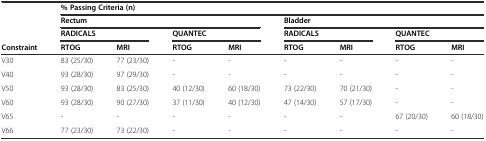
<table><thead><tr><td rowspan="3">[EMPTY_CELL]</td><td colspan="8"><b>% Passing Criteria (n)</b></td></tr><tr><td colspan="4"><b>Rectum</b></td><td colspan="4"><b>Bladder</b></td></tr><tr><td colspan="2"><b>RADICALS</b></td><td colspan="2"><b>QUANTEC</b></td><td colspan="2"><b>RADICALS</b></td><td colspan="2"><b>QUANTEC</b></td></tr><tr><td><b>Constraint</b></td><td><b>RTOG</b></td><td><b>MRI</b></td><td><b>RTOG</b></td><td><b>MRI</b></td><td><b>RTOG</b></td><td><b>MRI</b></td><td><b>RTOG</b></td><td><b>MRI</b></td></tr></thead><tbody><tr><td>V30</td><td>83 (25/30)</td><td>77 (23/30)</td><td>-</td><td>-</td><td>-</td><td>-</td><td>-</td><td>-</td></tr><tr><td>V40</td><td>93 (28/30)</td><td>97 (29/30)</td><td>-</td><td>-</td><td>-</td><td>-</td><td>-</td><td>-</td></tr><tr><td>V50</td><td>93 (28/30)</td><td>83 (25/30)</td><td>40 (12/30)</td><td>60 (18/30)</td><td>73 (22/30)</td><td>70 (21/30)</td><td>-</td><td>-</td></tr><tr><td>V60</td><td>93 (28/30)</td><td>90 (27/30)</td><td>37 (11/30)</td><td>40 (12/30)</td><td>47 (14/30)</td><td>57 (17/30)</td><td>-</td><td>-</td></tr><tr><td>V65</td><td>-</td><td>-</td><td>-</td><td>-</td><td>-</td><td>-</td><td>67 (20/30)</td><td>60 (18/30)</td></tr><tr><td>V66</td><td>77 (23/30)</td><td>73 (22/30)</td><td>-</td><td>-</td><td>-</td><td>-</td><td>-</td><td>-</td></tr></tbody></table>